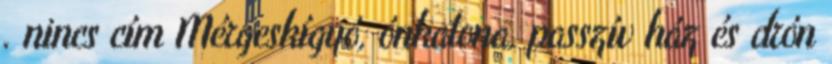
. nincs cím Mérgeskígyó, ónkatona, passzív ház és drón